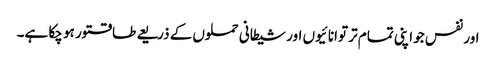
اور نفس جو اپنی تمام تر توانائیوں اور شیطانی حملوں کے ذریعے طاقتور ہو چکا ہے۔